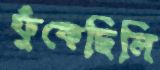
ফুঁকেছিলি